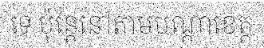
ទេ ប៉ុន្តែនៅតាមបណ្តាខេត្ត